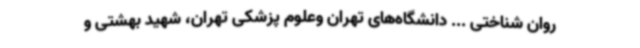
روان شناختی ... دانشگاه‌های تهران وعلوم پزشکی تهران، شهید بهشتی و